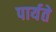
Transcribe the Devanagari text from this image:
पार्यते